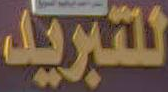
للتبريد